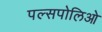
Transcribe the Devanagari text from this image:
पल्सपोलिओ